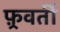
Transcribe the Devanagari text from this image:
फ़्रवर्ती